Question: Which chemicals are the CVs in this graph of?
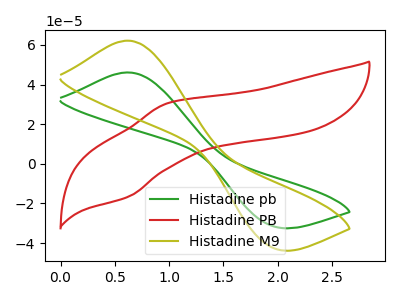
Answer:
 <answer>The green curve is labeled "Histadine pb". The red curve is labeled "Histadine PB". The olive curve is labeled "Histadine M9".</answer>
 <eval></eval>